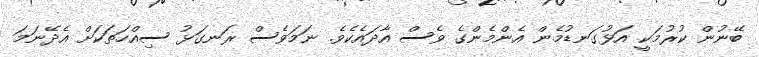
ބޭނުން ކުރުމަކީ އަޅުގަނޑުމެން އެންމެންގެ ވެސް އާދައެކެވެ. ނަމަވެސް ރަނގަޅު ސިއްހަތަކަށް އެދޭނަމަ